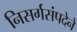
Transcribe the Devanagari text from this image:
निसर्गसंपदेने